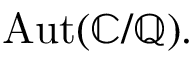
\operatorname { A u t } ( \mathbb { C } / \mathbb { Q } ) .